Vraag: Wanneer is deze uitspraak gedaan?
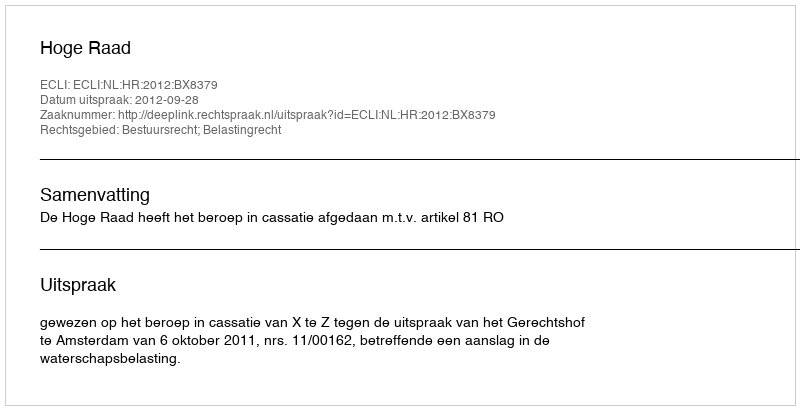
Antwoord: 2012-09-28